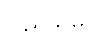
ပြည်သူမှ